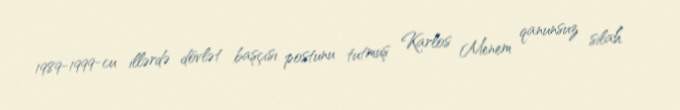
1989-1999-cu illərdə dövlət başçısı postunu tutmuş Karlos Menem qanunsuz silah